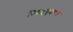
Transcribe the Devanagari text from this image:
विवाहवृंदावन